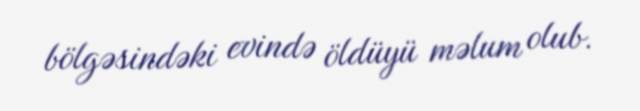
bölgəsindəki evində öldüyü məlum olub.